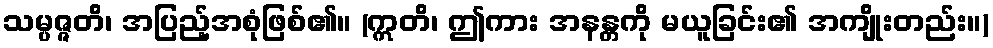
သမ္ပဇ္ဇတိ၊ အပြည့်အစုံဖြစ်၏။ (ဣတိ၊ ဤကား အနန္တကို မယူခြင်း၏ အကျိုးတည်း။)